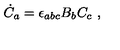
{ \dot { C } } _ { a } = \epsilon _ { a b c } B _ { b } C _ { c } \ ,